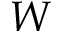
W